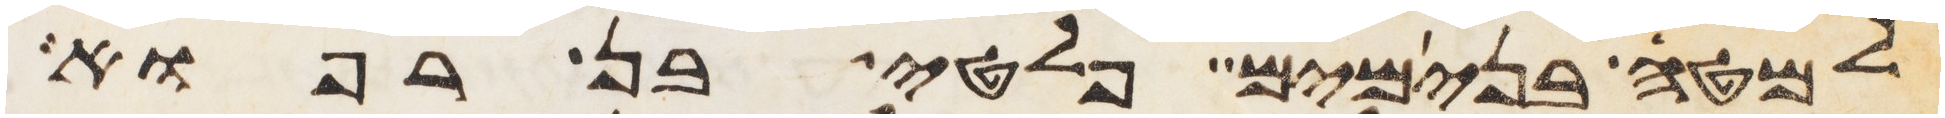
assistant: למטה בנימים פלטי בן רפוא